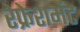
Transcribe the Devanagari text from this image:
रेफ्रेशमेंट